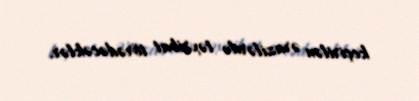
keçirilən ərazilərdə təxribat törədəcəklər.